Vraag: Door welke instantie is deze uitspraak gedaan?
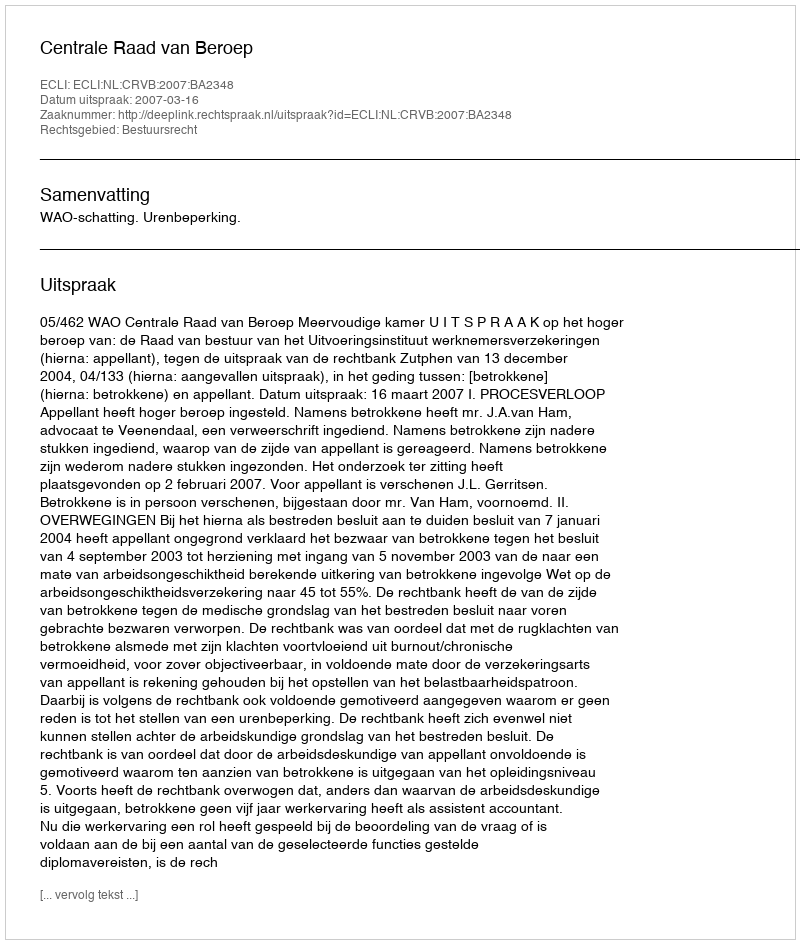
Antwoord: Centrale Raad van Beroep